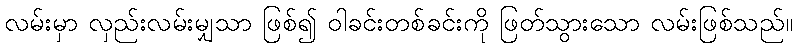
လမ်းမှာ လှည်းလမ်းမျှသာ ဖြစ်၍ ဝါခင်းတစ်ခင်းကို ဖြတ်သွားသော လမ်းဖြစ်သည်။